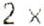
2 X